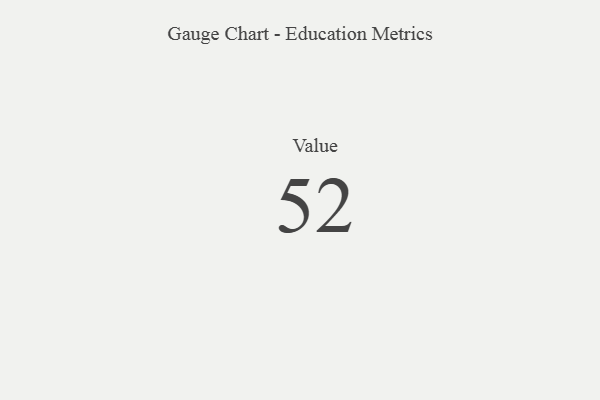
{"axis": {"x": "Metric", "y": "Value"}, "legend": [""], "data": [{"x": "Value", "y": 52, "type": ""}]}